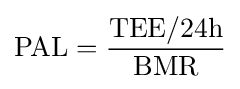
{\text{PAL}}={\frac {\text{TEE/24h}}{\text{BMR}}}